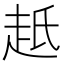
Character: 赿